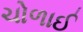
ચોળાઈ